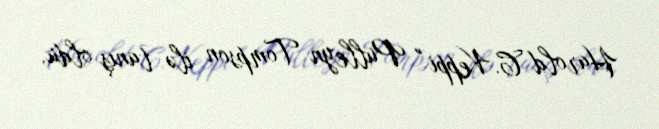
Harold C. Keppi " Pulleyn Tompson ilə tanış oldu.